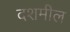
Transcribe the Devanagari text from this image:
दशमील